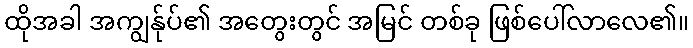
ထိုအခါ အကျွန်ုပ်၏ အတွေးတွင် အမြင် တစ်ခု ဖြစ်ပေါ်လာလေ၏။